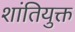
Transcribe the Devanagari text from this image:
शांतियुक्त